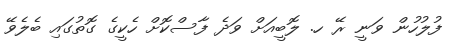
ފުލުހުން ވަނީ ރޭ ހ. ލޮބީއަށް ވަދެ ފާސްކޮށް ހެކީގެ ގޮތުގައި ބެލެވޭ